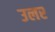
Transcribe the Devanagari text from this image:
उलर